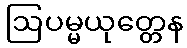
ဩပမ္မယုတ္တေန